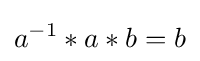
{a^{-1}}*a*b=b